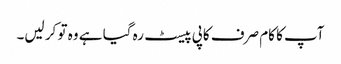
آپ کا کام صرف کاپی پیسٹ رہ گیا ہے وہ تو کر لیں۔